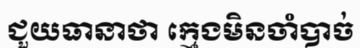
ជួយធានាថា ក្មេងមិនចាំបាច់